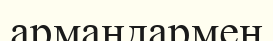
армандармен